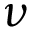
\nu